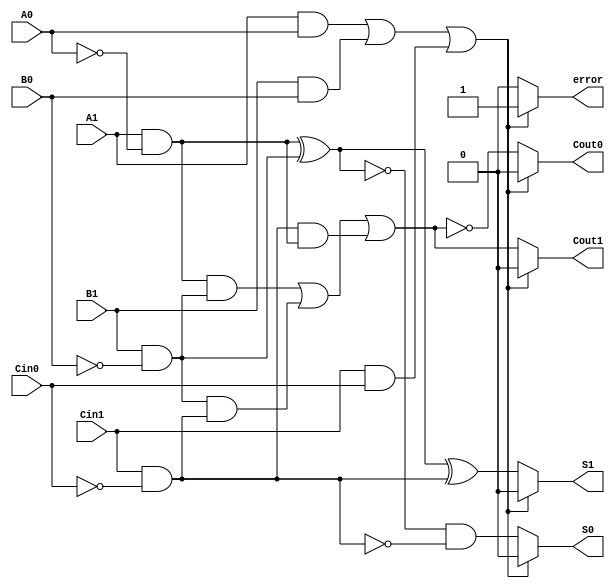
module dual_rail_full_adder (
    input wire A1, A0,  // Dual-rail input A
    input wire B1, B0,  // Dual-rail input B
    input wire Cin1, Cin0, // Dual-rail carry-in
    output reg S1, S0,  // Dual-rail sum output
    output reg Cout1, Cout0, // Dual-rail carry-out output
    output reg error // Error signal for invalid states
);

// Internal signals for the binary values
wire A = A1 & ~A0; // A = 1 if A1=1 and A0=0
wire B = B1 & ~B0; // B = 1 if B1=1 and B0=0
wire Cin = Cin1 & ~Cin0; // Cin = 1 if Cin1=1 and Cin0=0

// Validity checks
always @* begin
    // Check for invalid states
    if ((A1 & A0) | (B1 & B0) | (Cin1 & Cin0)) begin
        error = 1'b1; // Invalid state detected
        S1 = 1'b0; S0 = 1'b0; // Set outputs to invalid
        Cout1 = 1'b0; Cout0 = 1'b0; // Set carry outputs to invalid
    end else begin
        error = 1'b0; // Valid state
        
        // Sum calculation using XOR
        S1 = (A ^ B) ^ Cin; // S1 = A XOR B XOR Cin
        S0 = ~(A ^ B) & ~Cin; // S0 = NOT(A XOR B) AND NOT(Cin)
        
        // Carry-out calculation using majority function
        Cout1 = (A & B) | (B & Cin) | (Cin & A); // Cout1 = majority of A, B, Cin
        Cout0 = ~((A & B) | (B & Cin) | (Cin & A)); // Cout0 = NOT(Cout1)
    end
end

endmodule